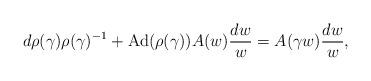
LaTeX: \begin{align*}d\rho(\gamma) \rho(\gamma)^{-1}+{\rm Ad}(\rho(\gamma)) A(w) \frac{dw}{w}=A(\gamma w)\frac{dw}{w},\end{align*}